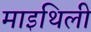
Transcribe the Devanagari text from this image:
माइथिली